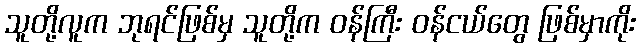
သူတို့လူက ဘုရင်ဖြစ်မှ သူတို့က ဝန်ကြီး ဝန်ငယ်တွေ ဖြစ်မှာကိုး